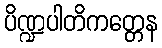
ပိဏ္ဍပါတိကတ္တေန